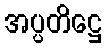
အပ္ပတိဋ္ဌေ